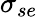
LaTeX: {\sigma}_{se}